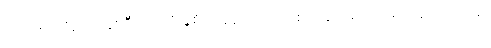
တိုင်ကြားခံရသူ နှစ်ဦးလုံးကို ခွဲစိတ်ခန်းဝင် ဝတ်စုံတွေ အသင့်ဖြင့် အလုပ်ထဲမှာ